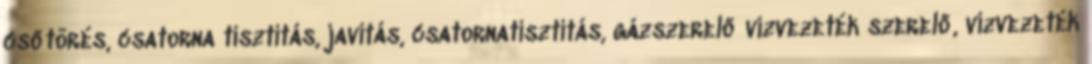
csőtörés, csatorna tisztítás, javítás, csatornatisztítás, gázszerelő vízvezeték szerelő, vízvezeték